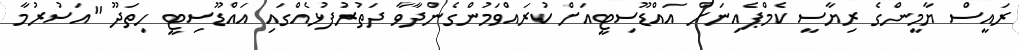
ރައީސް ޔާމީންގެ ރިޔާސީ ކެމްޕެއިނަށް އައްޑޫސިޓީއަށް ކުރައްވަމުންގެންދާވާ ދަތުރުފުޅެއްގައި އައްޑޫސިޓީ ހިތަދޫ "އަސުރުމާ